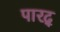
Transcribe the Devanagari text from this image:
पारद्